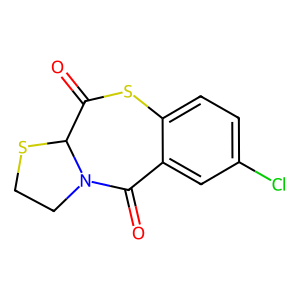
SMILES: O=C1Sc2ccc(Cl)cc2C(=O)N2CCSC12
Inhibits HIV replication: No